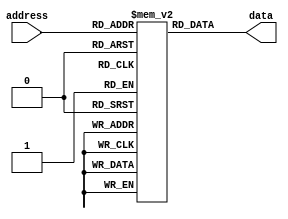
module rom (
    input wire [addr_width-1:0] address,
    output reg [data_width-1:0] data
);

parameter mem_size = 16;
parameter data_width = 8;
parameter addr_width = $clog2(mem_size);

reg [data_width-1:0] memory [0:mem_size-1];

initial begin
    // Initialize memory with data values
    memory[0] = 8'b00000001;
    memory[1] = 8'b00000010;
    memory[2] = 8'b00000011;
    // Add more initialization values here
end

always @* begin
    // Read data value based on address input
    data = memory[address];
end

endmodule